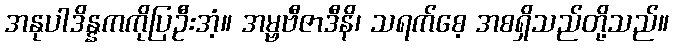
အနုပါဒိန္နကကိုပြဦးအံ့။ အမ္ဗဗီဇာဒီနိ၊ သရက်စေ့ အစရှိသည်တို့သည်။